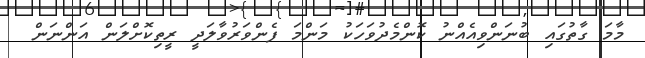
މާމަ ގާތުގައި ބުނަންވިއެއްނު ކޮންމެދުވަހަކު މަންމަ ފެންވަރުވާލަދީ ރީތިކޮށްލަން އަންނަން